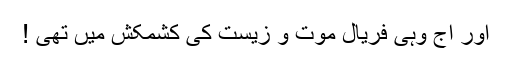
اور آج وہی فریال موت و زیست کی کشمکش میں تھی !